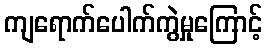
ကျရောက်ပေါက်ကွဲမှုကြောင့်